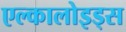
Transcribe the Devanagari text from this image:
एल्कालोइड्स